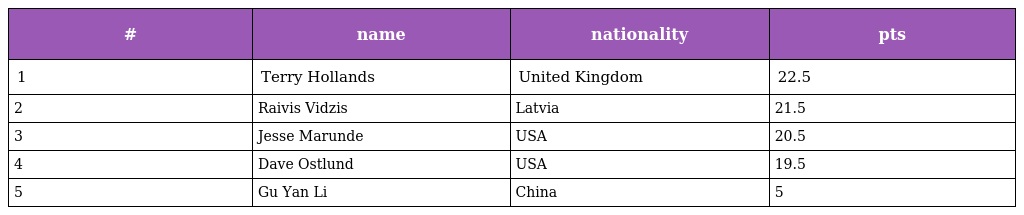
| # | name | nationality | pts |
 | --- | --- | --- | --- |
 | 1 | Terry Hollands | United Kingdom | 22.5 |
 | 2 | Raivis Vidzis | Latvia | 21.5 |
 | 3 | Jesse Marunde | USA | 20.5 |
 | 4 | Dave Ostlund | USA | 19.5 |
 | 5 | Gu Yan Li | China | 5 |